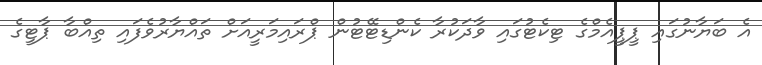
އެ ބަޔާނުގައި ޕީޕީއެމްގެ ޓިކެޓުގައި ވާދަކުރާ ކެންޑިޓޭޓުން ޕްރައިމަރީއަށް ތައްޔާރުވެފައި ތިއްބާ ޕާޓީގެ